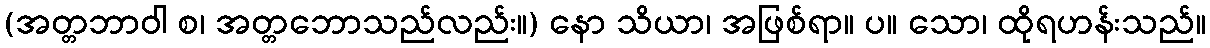
(အတ္တဘာဝါ စ၊ အတ္တဘောသည်လည်း။) နော သိယာ၊ အဖြစ်ရာ။ ပ။ သော၊ ထိုရဟန်းသည်။